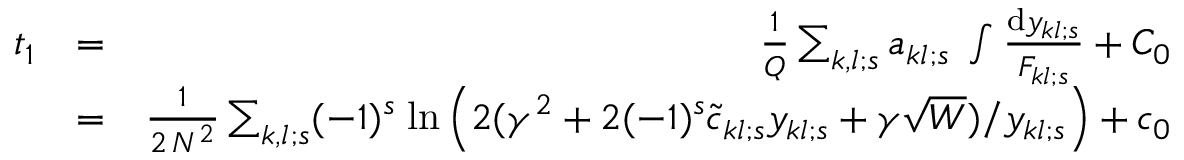
\begin{array} { r l r } { t _ { 1 } } & { = } & { { \frac { 1 } { Q } } \sum _ { k , l ; s } a _ { k l ; s } \; \int { \frac { \mathrm { d } y _ { k l ; s } } { F _ { k l ; s } } } + C _ { 0 } } \\ & { = } & { { \frac { 1 } { 2 \, N ^ { 2 } } } \sum _ { k , l ; s } ( - 1 ) ^ { s } \; \mathrm { l n } \left( 2 ( \gamma ^ { 2 } + 2 ( - 1 ) ^ { s } \tilde { c } _ { k l ; s } y _ { k l ; s } + \gamma \sqrt { W } ) / y _ { k l ; s } \right) + c _ { 0 } } \end{array}